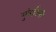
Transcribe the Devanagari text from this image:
मुंबईतली